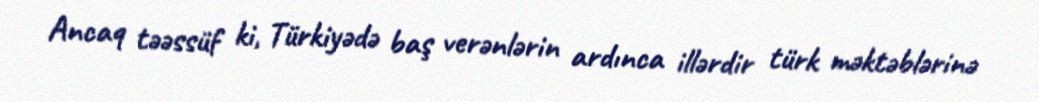
Ancaq təəssüf ki, Türkiyədə baş verənlərin ardınca illərdir türk məktəblərinə